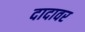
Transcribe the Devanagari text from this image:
दादावर